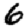
Digit: 6